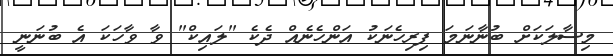
މިސާލަކަށް ބުނާނަމަ ފިރިހެނަކު އަންހެނެއް ދެކެ "ލައިކް" ވާ ވާހަކަ އެ ބުނަނީ